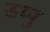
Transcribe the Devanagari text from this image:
डब्बु